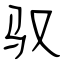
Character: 驭